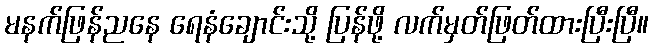
မနက်ဖြန်ညနေ ရေနံချောင်းသို့ ပြန်ဖို့ လက်မှတ်ဖြတ်ထားပြီးပြီ။